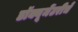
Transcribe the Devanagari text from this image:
डॉक्यूमेंटरीचे